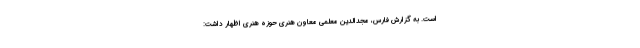
است. به گزارش فارس، مجدالدین معلمی معاون هنری حوزه هنری اظهار داشت: